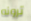
ترونه